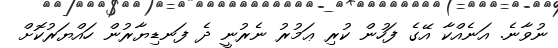
ނުވާނެ. އަނެއްކާ އޭގެ ފަހުން ކުރި ޢަމުރު ނެރުނީ ދެ ފަނޑިޔާރުން ހައްޔަރުކޮށް